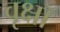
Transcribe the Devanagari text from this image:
वृक्षॉ